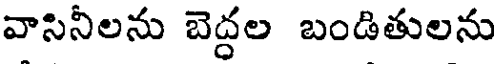
వాసినీలను బెద్దల బండితులను